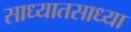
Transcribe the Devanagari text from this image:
साध्यातसाध्या